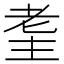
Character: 𦒼